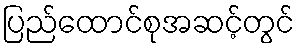
ပြည်ထောင်စုအဆင့်တွင်